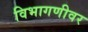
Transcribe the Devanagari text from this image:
विभागणीवर